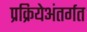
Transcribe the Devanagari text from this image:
प्रक्रियेअंतर्गत